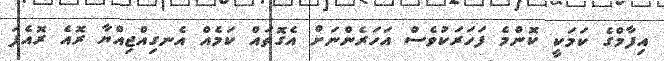
އިފާމްގެ ކަމަކީ ކޮންމެ ފަހަރަކުވެސް އަހަރެންނަށް އެގޮތައް ކަމެއް އެނގިއްޖިިއްޔާ ރޮއެ ރޮއެފަ